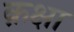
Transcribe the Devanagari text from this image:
क़क्षा